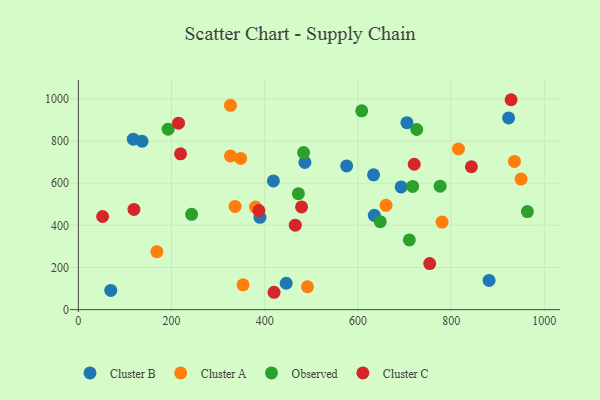
{"axis": {"x": "Experience", "y": "Profit"}, "legend": ["Cluster A", "Cluster B", "Cluster C", "Observed"], "data": [{"x": "705.1", "y": 886.9, "type": "Cluster B"}, {"x": "923.3", "y": 909.4, "type": "Cluster B"}, {"x": "418.6", "y": 610.5, "type": "Cluster B"}, {"x": "486.2", "y": 698.5, "type": "Cluster B"}, {"x": "633.5", "y": 639.5, "type": "Cluster B"}, {"x": "881.4", "y": 138.4, "type": "Cluster B"}, {"x": "389.7", "y": 437.9, "type": "Cluster B"}, {"x": "635.2", "y": 447.2, "type": "Cluster B"}, {"x": "117.9", "y": 808.8, "type": "Cluster B"}, {"x": "136.8", "y": 798.9, "type": "Cluster B"}, {"x": "692.7", "y": 582.3, "type": "Cluster B"}, {"x": "575.8", "y": 682.0, "type": "Cluster B"}, {"x": "446.0", "y": 125.3, "type": "Cluster B"}, {"x": "69.6", "y": 91.3, "type": "Cluster B"}, {"x": "815.7", "y": 762.1, "type": "Cluster A"}, {"x": "950.0", "y": 619.3, "type": "Cluster A"}, {"x": "353.5", "y": 117.9, "type": "Cluster A"}, {"x": "326.4", "y": 729.2, "type": "Cluster A"}, {"x": "168.5", "y": 274.8, "type": "Cluster A"}, {"x": "326.4", "y": 969.0, "type": "Cluster A"}, {"x": "491.7", "y": 108.7, "type": "Cluster A"}, {"x": "780.5", "y": 415.6, "type": "Cluster A"}, {"x": "935.9", "y": 703.3, "type": "Cluster A"}, {"x": "660.3", "y": 494.7, "type": "Cluster A"}, {"x": "348.3", "y": 717.3, "type": "Cluster A"}, {"x": "380.1", "y": 486.6, "type": "Cluster A"}, {"x": "336.4", "y": 489.7, "type": "Cluster A"}, {"x": "963.6", "y": 465.1, "type": "Observed"}, {"x": "472.2", "y": 550.2, "type": "Observed"}, {"x": "647.9", "y": 417.1, "type": "Observed"}, {"x": "776.4", "y": 585.7, "type": "Observed"}, {"x": "710.3", "y": 330.7, "type": "Observed"}, {"x": "717.4", "y": 584.5, "type": "Observed"}, {"x": "192.7", "y": 856.3, "type": "Observed"}, {"x": "608.1", "y": 943.3, "type": "Observed"}, {"x": "483.4", "y": 745.3, "type": "Observed"}, {"x": "726.2", "y": 854.5, "type": "Observed"}, {"x": "243.0", "y": 452.1, "type": "Observed"}, {"x": "754.0", "y": 218.5, "type": "Cluster C"}, {"x": "219.3", "y": 739.3, "type": "Cluster C"}, {"x": "52.1", "y": 441.8, "type": "Cluster C"}, {"x": "720.8", "y": 689.8, "type": "Cluster C"}, {"x": "479.0", "y": 487.2, "type": "Cluster C"}, {"x": "843.5", "y": 677.8, "type": "Cluster C"}, {"x": "387.4", "y": 470.3, "type": "Cluster C"}, {"x": "420.0", "y": 82.4, "type": "Cluster C"}, {"x": "465.5", "y": 400.9, "type": "Cluster C"}, {"x": "928.6", "y": 995.8, "type": "Cluster C"}, {"x": "215.0", "y": 884.7, "type": "Cluster C"}, {"x": "119.3", "y": 475.4, "type": "Cluster C"}]}